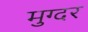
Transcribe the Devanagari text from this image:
मुग्दर